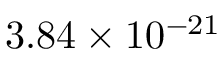
3 . 8 4 \times 1 0 ^ { - 2 1 }